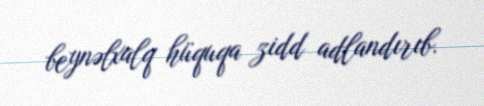
beynəlxalq hüquqa zidd adlandırıb.